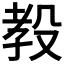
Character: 𪵋